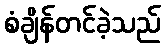
စံချိန်တင်ခဲ့သည်